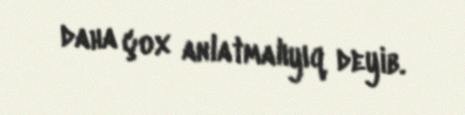
daha çox anlatmalıyıq deyib.